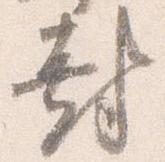
封